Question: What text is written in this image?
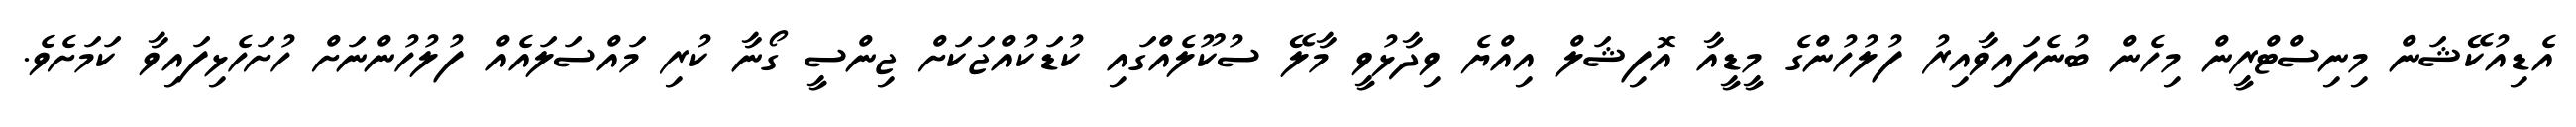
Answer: އެޑިއުކޭޝަން މިނިސްޓްރީން މިހެން ބުނެފައިވާއިރު ފުލުހުންގެ މީޑީއާ އޮފިޝަލް އިއްޔެ ވިދާޅުވީ މާލޭ ސުކޫލެއްގައި ކުޑަކުއްޖަކަށް ޖިންސީ ގޯނާ ކުރި މައްސަލައެއް ފުލުހުންނަށް ހުށަހެޅިފައިވާ ކަމަށެވެ.